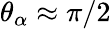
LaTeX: \theta_{\alpha}\approx\pi/2